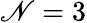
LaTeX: \mathscr{N}=3